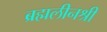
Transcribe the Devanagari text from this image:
ब्रह्मलीनश्री